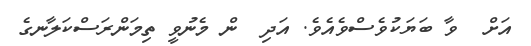
އަށް  ވާ ބަޔަކުވެސްވެއެވެ. އަދި  ން މެނުވީ ތިމަންރަސްކަލާނގެ